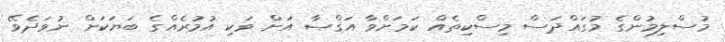
މުސްލިމުންގެ މުގައްދަސް މިސްކިތެއް ކަމަށްވާ އަޤްޞާ އަށް ވަކި އުމުރެއްގެ ބަޔަކަށް ނުވަދެވޭ